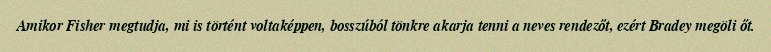
Amikor Fisher megtudja, mi is történt voltaképpen, bosszúból tönkre akarja tenni a neves rendezőt, ezért Bradey megöli őt.